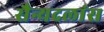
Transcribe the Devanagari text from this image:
सैन्यदलांस